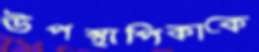
উপস্থাপিকাকে